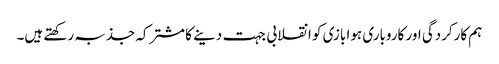
ہم کارکردگی اور کاروباری ہوا بازی کو انقلابی جہت دینے کا مشترکہ جذبہ رکھتے ہیں۔